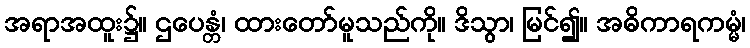
အရာအထူး၌။ ဌပေန္တံ၊ ထားတော်မူသည်ကို။ ဒိသွာ၊ မြင်၍။ အဓိကာရကမ္မံ၊